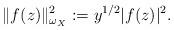
LaTeX: \begin{align*} \|f(z)\|_{\omega_{X}}^{2}:=y^{1\slash 2}|f(z)|^{2}. \end{align*}